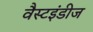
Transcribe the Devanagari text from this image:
वैस्टइंडीज